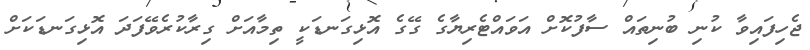
ޖެހިފައިވާ ކުނި ބުނިތައް ސާފުކޮށް އަވައްޓެރިޔާގެ ގޭގެ އޮޅިގަނޑަކީ ތިމާއަށް ގިރާކުރެވޭފަދަ އޮޅިގަނޑަކަށް